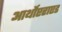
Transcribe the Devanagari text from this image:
आर्थोप्टराएड